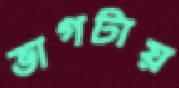
ভাগটায়